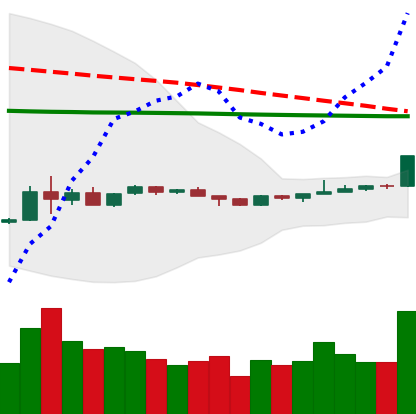
Ticker: EOS-USD
Chart end date: 2020-04-06
Forward return: -8.415%
Label: down_7plus